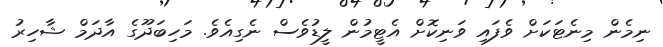
ނިމެން މިނެޓަކަށް ވެފައި ވަނިކޮށް އެޓީމުން ލީޑުވެސް ނެގިއެވެ. މަހިބަދޫގެ އާދަމް ޝާހިރު